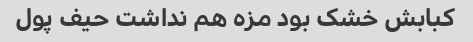
کبابش خشک بود مزه هم نداشت حیف پول